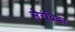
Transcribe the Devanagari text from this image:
सैरंध्रिका